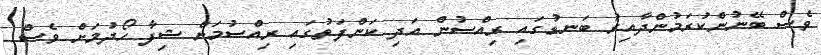
ވެސް ބޭނުންކުރަމުންދާއިރު ބަނޑުގައި ރިއްސުން އަދި ކަންފަތުގައި ރިއްސުމަށް ޝިފާ ހޯދުމަށް ވެސް